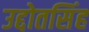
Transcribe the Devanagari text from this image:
उद्दोतसिंह